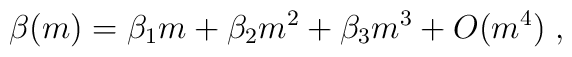
\beta (m) = \beta_1 m + \beta_2 m^2 + \beta_3 m^3 + O(m^4) \; ,